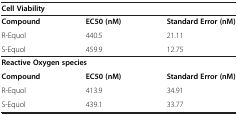
<table><thead><tr><td colspan="3"><b>Cell Viability</b></td></tr></thead><tbody><tr><td><b>Compound</b></td><td><b>EC50 (nM)</b></td><td><b>Standard Error (nM)</b></td></tr><tr><td>R-Equol</td><td>440.5</td><td>21.11</td></tr><tr><td>S-Equol</td><td>459.9</td><td>12.75</td></tr><tr><td colspan="3"><b>Reactive Oxygen species</b></td></tr><tr><td><b>Compound</b></td><td><b>EC50 (nM)</b></td><td><b>Standard Error (nM)</b></td></tr><tr><td>R-Equol</td><td>413.9</td><td>34.91</td></tr><tr><td>S-Equol</td><td>439.1</td><td>33.77</td></tr></tbody></table>